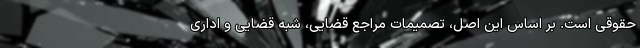
حقوقی است. بر اساس این اصل، تصمیمات مراجع قضایی، شبه قضایی و اداری